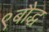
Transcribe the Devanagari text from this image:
९बौद्ध